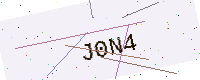
Text: J0N4